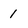
Character: 1